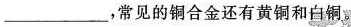
___，常见的铜合金还有黄铜和白铜。